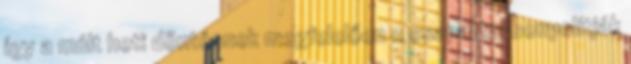
így a múlt heti döntésnek megfelelően 11 csapattal bonyolítják